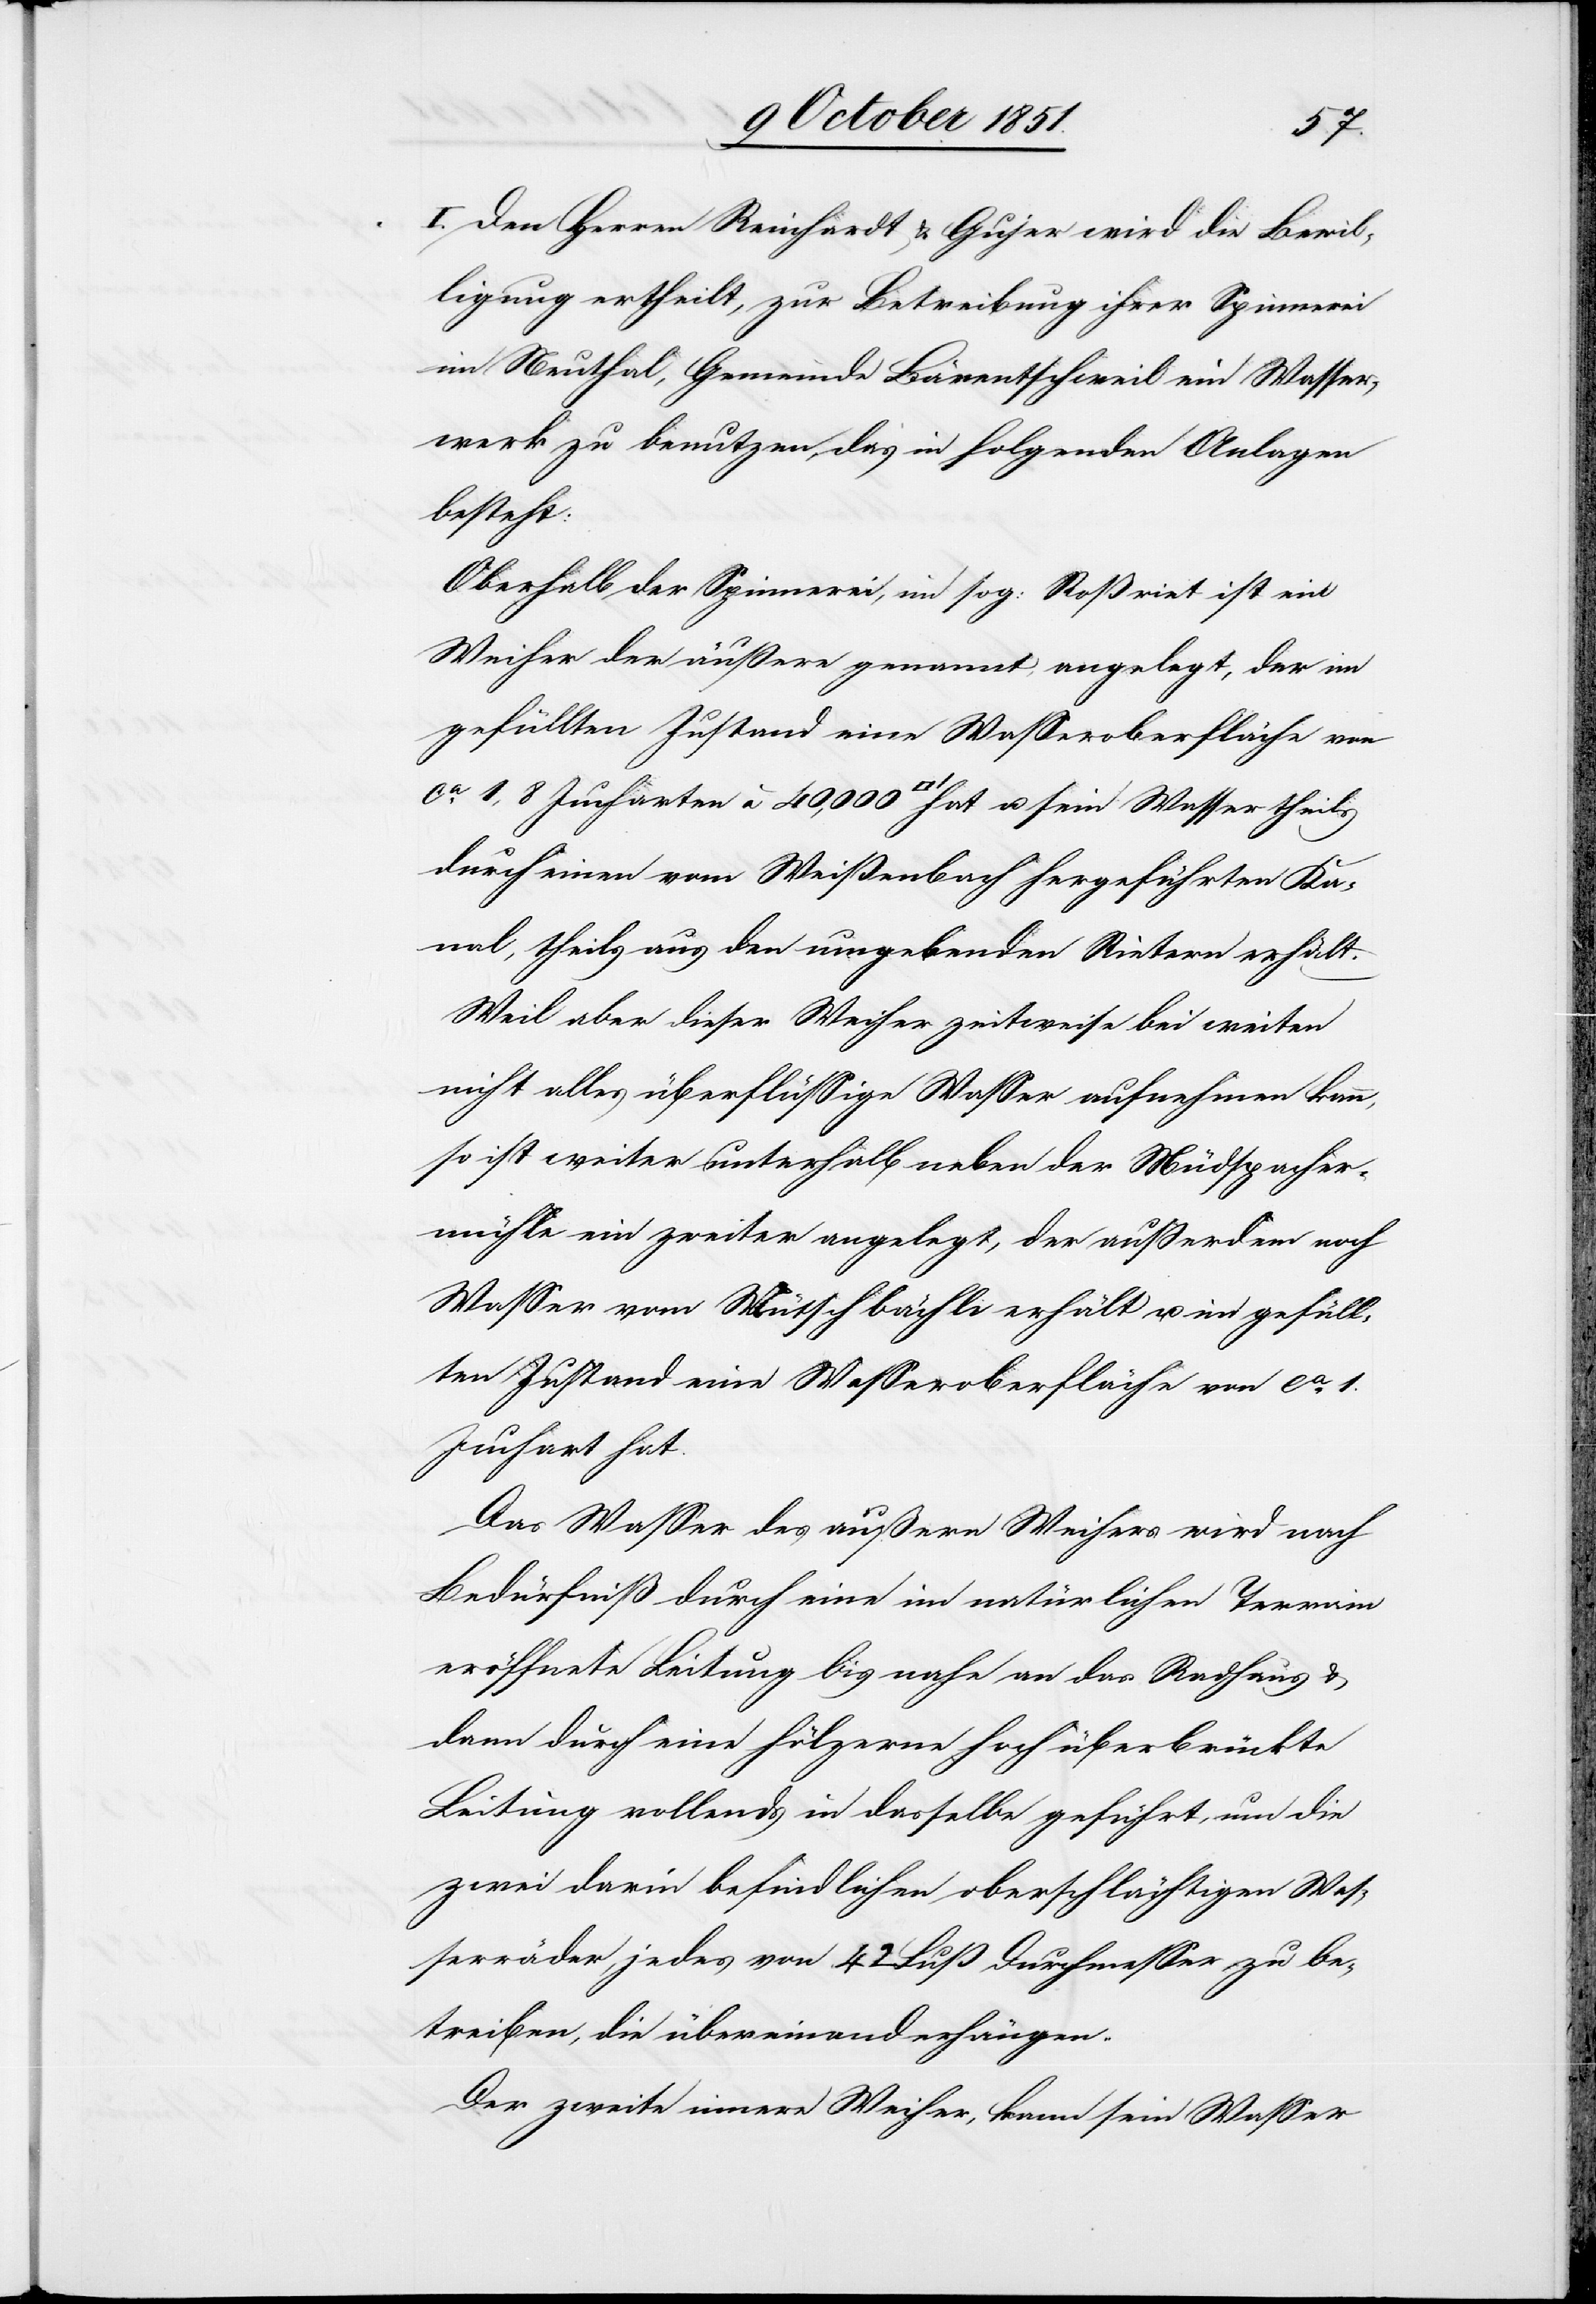
I. Den Herren Reinhardt & Gujer wird die Bewil¬
ligung ertheilt, zur Betreibung ihrer Spinnerei
im Neuthal, Gemeinde Bärentschweil ein Wasser¬
werk zu benutzen, das in folgenden Anlagen
besteht:
Oberhalb der Spinnerei, im sog: Roßriet ist ein
Weiher der äußere genannt, angelegt, der im
gefüllten Zustand eine Wasseroberfläche von
ca. 1,8 Jucharten à 40,000 [Quadratfuß] hat u. sein Wasser theils
durch einen vom Weißenbach hergeführten Ka¬
nal, theils aus den umgebenden Rietern erhält.
Weil aber dieser Weiher zeitweise bei weiten
nicht alles überflüssige Wasser aufnehmen kann,
so ist weiter unterhalb neben der Müdspacher¬
mühle ein zweiter angelegt, der außerdem noch
Wasser vom Mütschbächli erhält u. im gefüll¬
ten Zustand eine Wasseroberfläche von ca. 1.
Juchart hat.
Das Wasser des äußern Weihers wird nach
Bedürfniß durch eine im natürlichen Terrain
eröffnete Leitung bis nahe an das Radhaus &
dann durch eine hölzerne hoch überbrückte
Leitung vollends in dasselbe geführt, um die
zwei darin befindlichen oberschlächtigen Was¬
serräder, jedes von 42 Fuß Durchmesser zu be¬
treiben, die übereinanderhängen.
Der zweite innere Weiher, kann sein Wasser